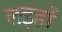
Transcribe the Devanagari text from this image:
लइहों